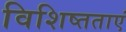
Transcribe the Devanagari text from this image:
विशिष्तताएं